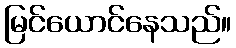
မြင်ယောင်နေသည်။